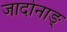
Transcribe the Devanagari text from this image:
जादोनाङ्